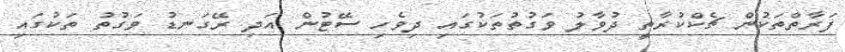
ފަރާތްތަކުން ޗެކްކުރާތީ ދުވާލު ވަގުތުތަކުގައި ދިވެހި ސޭޓުން އަދި ރޭގަނޑު ވަގުތު ތަކުގައި